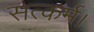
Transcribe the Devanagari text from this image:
सत्कर्म।